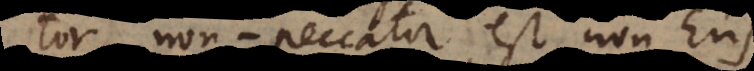
tor non‐peccator est non‐Ens